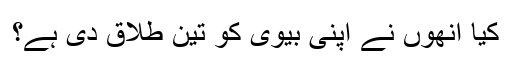
کیا انھوں نے اپنی بیوی کو تین طلاق دی ہے؟